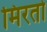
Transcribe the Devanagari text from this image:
मिरतो